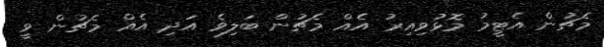
މެޗުން އެޓީމު މޮޅުވިއިރު އެއް މެޗުން ބަލިވެ އަދި އެއް މެޗުން ވީ